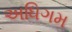
અધિગમ